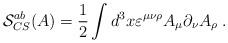
LaTeX: \begin{align*}\mathcal{S}_{CS}^{ab}(A)=\frac 12\int d^3x\varepsilon ^{\mu \nu \rho }A_\mu\partial _\nu A_\rho \;. \end{align*}